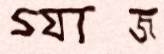
গ্যাজ